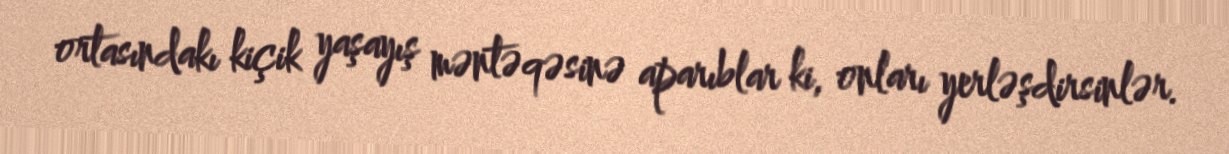
ortasındakı kiçik yaşayış məntəqəsinə aparıblar ki, onları yerləşdirsinlər.